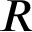
R